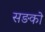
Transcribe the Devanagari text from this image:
सङको